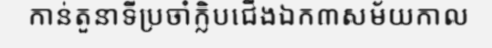
កាន់តួនាទីប្រចាំក្លិបជើងឯក៣សម័យកាល